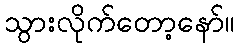
သွားလိုက်တော့နော်။